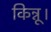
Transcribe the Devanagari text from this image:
किन्नू।